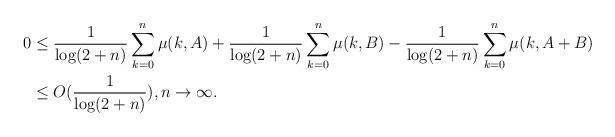
LaTeX: \begin{align*} 0 &\leq \frac{1}{\log(2+n)}\sum_{k=0}^n \mu(k,A) + \frac{1}{\log(2+n)}\sum_{k=0}^n \mu(k,B) - \frac{1}{\log(2+n)}\sum_{k=0}^n \mu(k,A+B)\\ &\leq O(\frac{1}{\log(2+n)}), n\to\infty. \end{align*}